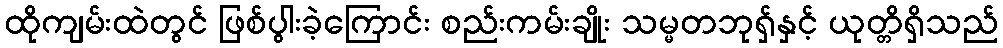
ထိုကျမ်းထဲတွင် ဖြစ်ပွါးခဲ့ကြောင်း စည်းကမ်းချိုး သမ္မတဘုရှ်နှင့် ယုတ္တိရှိသည်